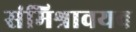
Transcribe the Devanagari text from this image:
संमिश्रावयव